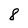
Character: 8